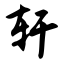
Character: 轩